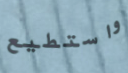
واستطيع